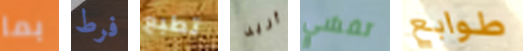
بما فرط تطبع أريد تفشي طوابع